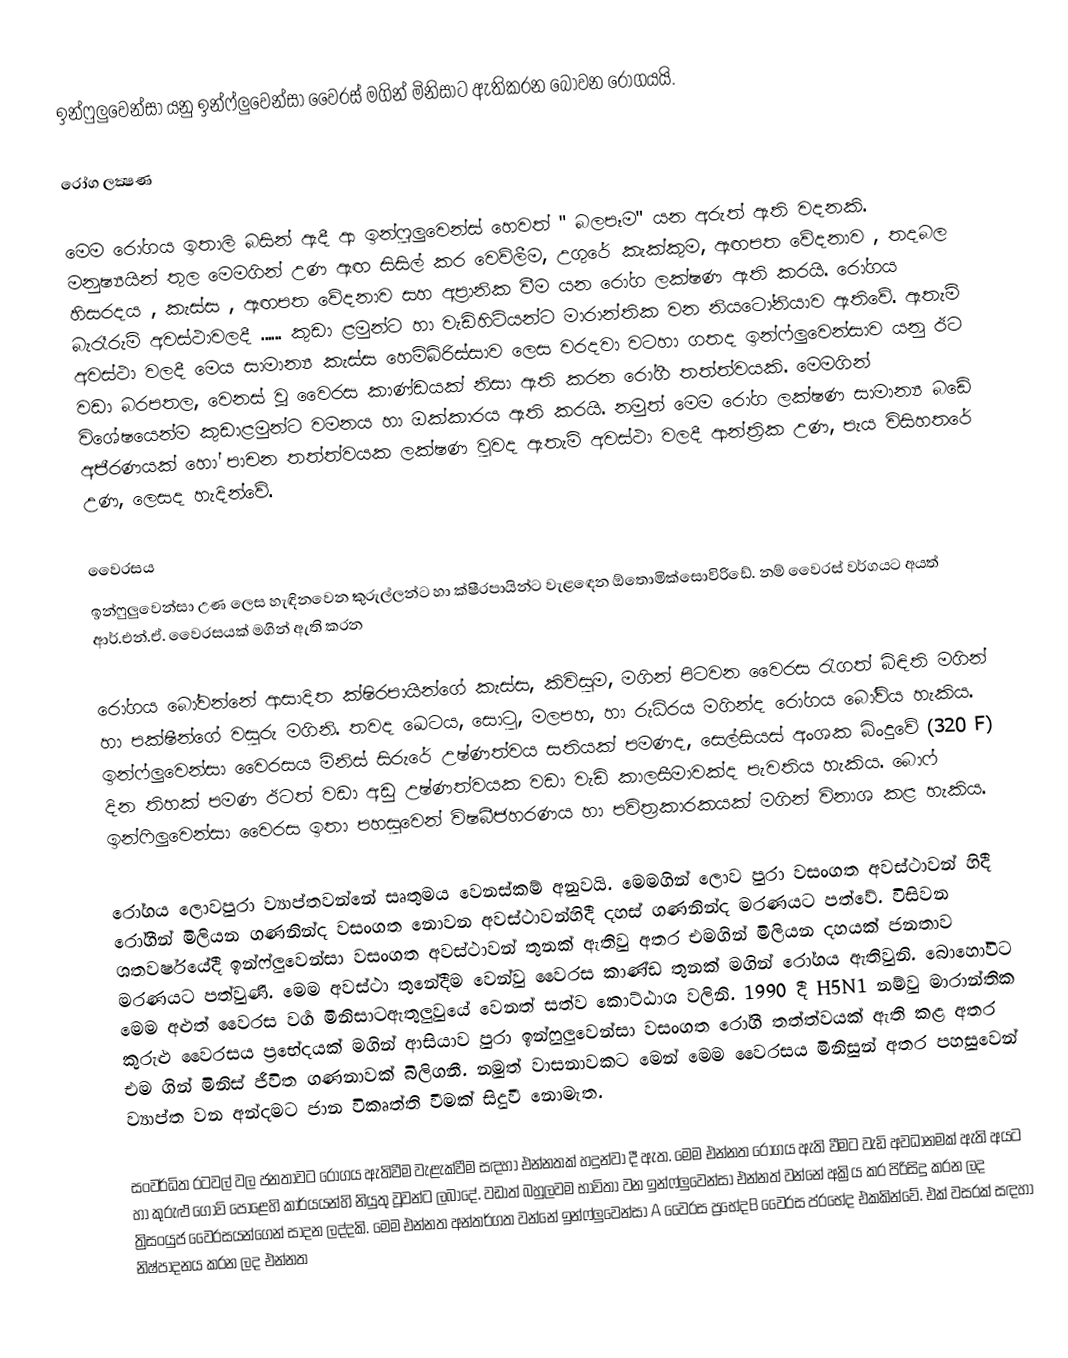
ඉන්ෆුලුවෙන්සා යනු  ඉන්ෆ්ලුවෙන්සා වෛරස් මගින් මිනිසාට ඇතිකරන බෝවන රෝගයයි.

රෝග ලක්‍ෂණ

මෙම රෝගය ඉතාලි බසින් ඇදී ආ  ඉන්ෆුලුවෙන්ස්   හෙවත් " බලපෑම" යන අරුත් ඇති වදනකි. මනුෂ්‍යයින් තුල මෙමගින් උණ ඇඟ සිසිල් කර වෙව්ලීම, උගුරේ කැක්කුම, ඇඟපත වේදනාව , තදබල  හිසරදය  , කැස්ස , ඇඟපත වේදනාව සහ අප්‍රානික වීම යන රෝග ලක්ෂණ ඇති කරයි. රෝගය බැරෑරුම් අවස්ථාවලදී ...... කුඩා ළමුන්ට හා වැඩිහිටියන්ට මාරාන්තික වන නියටෝනියාව ඇතිවේ. ඇතැම් අවස්ථා වලදී මෙය සාමාන්‍ය කැස්ස හෙම්බිරිස්සාව ලෙස වරදවා වටහා ගතද ඉන්ෆ්ලුවෙන්සාව යනු ඊට වඩා බරපතල, වෙනස් වූ වෛරස කාණ්ඩයක් නිසා ඇති කරන රෝගී තත්ත්වයකි.  මෙමගින් විශේෂයෙන්ම කුඩාළමුන්ට වමනය හා ඔක්කාරය ඇති කරයි. නමුත් මෙම රෝග ලක්ෂණ සාමාන්‍ය බඩේ අජීරණයක් හෝ පාචන තත්ත්වයක  ලක්ෂණ වුවද ඇතැම් අවස්ථා වලදී ආන්ත්‍රික උණ, පැය විසිහතරේ උණ, ලෙසද හැදින්වේ.

වෛරසය
ඉන්ෆුලුවෙන්සා උණ ලෙස හැඳිනවෙන කුරුල්ලන්ට හා ක්ෂීරපායින්ට වැළ‍ඳෙන ඕතොමික්සොවිරිඩේ. නම් වෛරස් වර්ගයට අයත් ආර්.එන්.ඒ. වෛරසයක් මගින් ඇති කරන

	රෝගය බෝවන්නේ ආසාදිත ක්ෂිරපායින්ගේ කැස්ස, කිවිසුම, මගින් පිටවන වෛරස රැගත් බිඳිති මගින් හා පක්ෂීන්ගේ වසුරු මගිනි. තවද ඛෙටය,  සොටු, මලපහ, හා රුධිරය මගින්ද රෝගය බෝවිය හැකිය. ඉන්ෆ්ලුවෙන්සා වෛරසය මිනිස් සිරුරේ උෂ්ණත්වය සතියක් පමණද, සෙල්සියස් අංශක බිංදුවේ (320 F) දින තිහක් පමණ ඊටත් වඩා අඩු උෂ්ණත්වයක වඩා වැඩි කාලසීමාවක්ද පැවතිය හැකිය. බොෆ් ඉන්ෆිලුවෙන්සා වෛරස ඉතා පහසුවෙන් විෂබීජහරණය හා පවිත්‍රකාරකයක් මගින් විනාශ කළ හැකිය.

	රෝගය ලොවපුරා ව්‍යාප්තවන්නේ සෘතුමය වෙනස්කම් අනුවයි. මෙමගින් ලොව පුරා වසංගත අවස්ථාවන් හිදී රෝගීන් මිලියන ගණනින්ද වසංගත නොවන අවස්ථාවන්හිදී දහස් ගණනින්ද මරණයට පත්වේ. විසිවන ශතවර්ෂයේදී ඉන්ෆ්ලුවෙන්සා වසංගත අවස්ථාවන් තුනක් ඇතිවු අතර එමගින් මිලියන දහයක් ජනතාව මරණයට පත්වුණි.  මෙම අවස්ථා තුනේදීම වෙන්වු  වෛරස කාණ්ඩ තුනක් මගින් රෝගය ඇතිවුනි. බොහෝවිට මෙම අළුත් වෛරස වර්‍ග මිනිසාටඇතුලුවුයේ වෙනත් සත්ව කොට්ඨාශ වලිනි. 1990 දී  H5N1 නම්වු මාරාන්තික කුරුළු වෛරසය ප්‍රභේදයක් මගින් ආසියාව පුරා ඉන්ෆුලුවෙන්සා වසංගත රෝගී තත්ත්වයක් ඇති කළ  අතර එම ගින්  මිනිස් ජීවිත ගණනාවක් බිලිගනී. නමුත් වාසනාවකට මෙන් මෙම වෛරසය මිනිසුන්  අතර පහසුවෙන් ව්‍යාප්ත වන අන්දමට ජාන විකෘත්ති වීමක් සිදුවී නොමැත.

	සංවර්ධිත රටවල් වල ජනතාවට රෝගය ඇතිවීම වැළැක්වීම සඳහා එන්නතක් හදුන්වා දී ඇත. මෙම එන්නත රෝගය ඇති වීමට වැඩි අවධානමක් ඇති අයට හා  කුරුළු ගොවි පොළෙහි කාර්යයන්හි නියුතු  වූවන්ට ලබාදේ. වඩාත් බහුලවම භාවිතා වන ඉන්ෆ්ලුවෙන්සා එන්නත් වන්නේ අක්‍රිය කර පිරිසිදු කරන ලද ත්‍රිසංයුජ වෛරසයන්ගෙන් සාදන ලද්දකි.  මෙම එන්නත අන්තර්ගත වන්නේ ඉන්ෆ්ලුවෙන්සා A වෛරස ප්‍රභේදB  වෛරස ප්රභේද  එකකින්වේ. එක් වසරක් සඳහා නිෂ්පාදනය කරන  ලද එන්නත